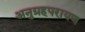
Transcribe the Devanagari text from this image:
अनुग्रहपरायण